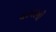
ઘરઘરની